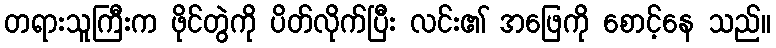
တရားသူကြီးက ဖိုင်တွဲကို ပိတ်လိုက်ပြီး လင်း၏ အဖြေကို စောင့်နေ သည်။